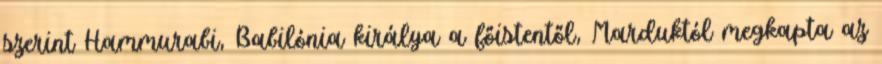
szerint Hammurabi, Babilónia királya a főistentől, Marduktól megkapta az